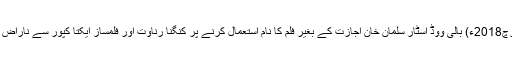
14 مارچ2018ء) بالی ووڈ اسٹار سلمان خان اجازت کے بغیر فلم کا نام استعمال کرنے پر کنگنا رناوت اور فلمساز ایکتا کپور سے ناراض ہوگئے۔